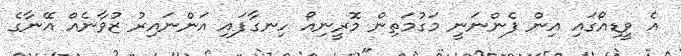
އެ ވީޑިއޯގައި އިން ފެންނަނީ މަގުމަތިން މޮރީނިއޯ ހިނގާފައި އަންނައިރު ޒުވާނެއް އޭނާގެ